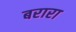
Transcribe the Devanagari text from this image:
बरारा